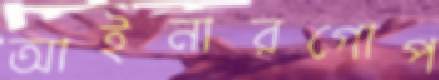
আইনারগোপ